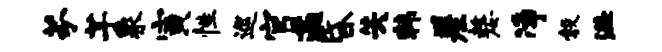
芬芊象寅性巡官遄昏失韩差嫠净彀溢